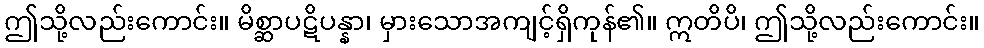
ဤသို့လည်းကောင်း။ မိစ္ဆာပဋိပန္နာ၊ မှားသောအကျင့်ရှိကုန်၏။ ဣတိပိ၊ ဤသို့လည်းကောင်း။